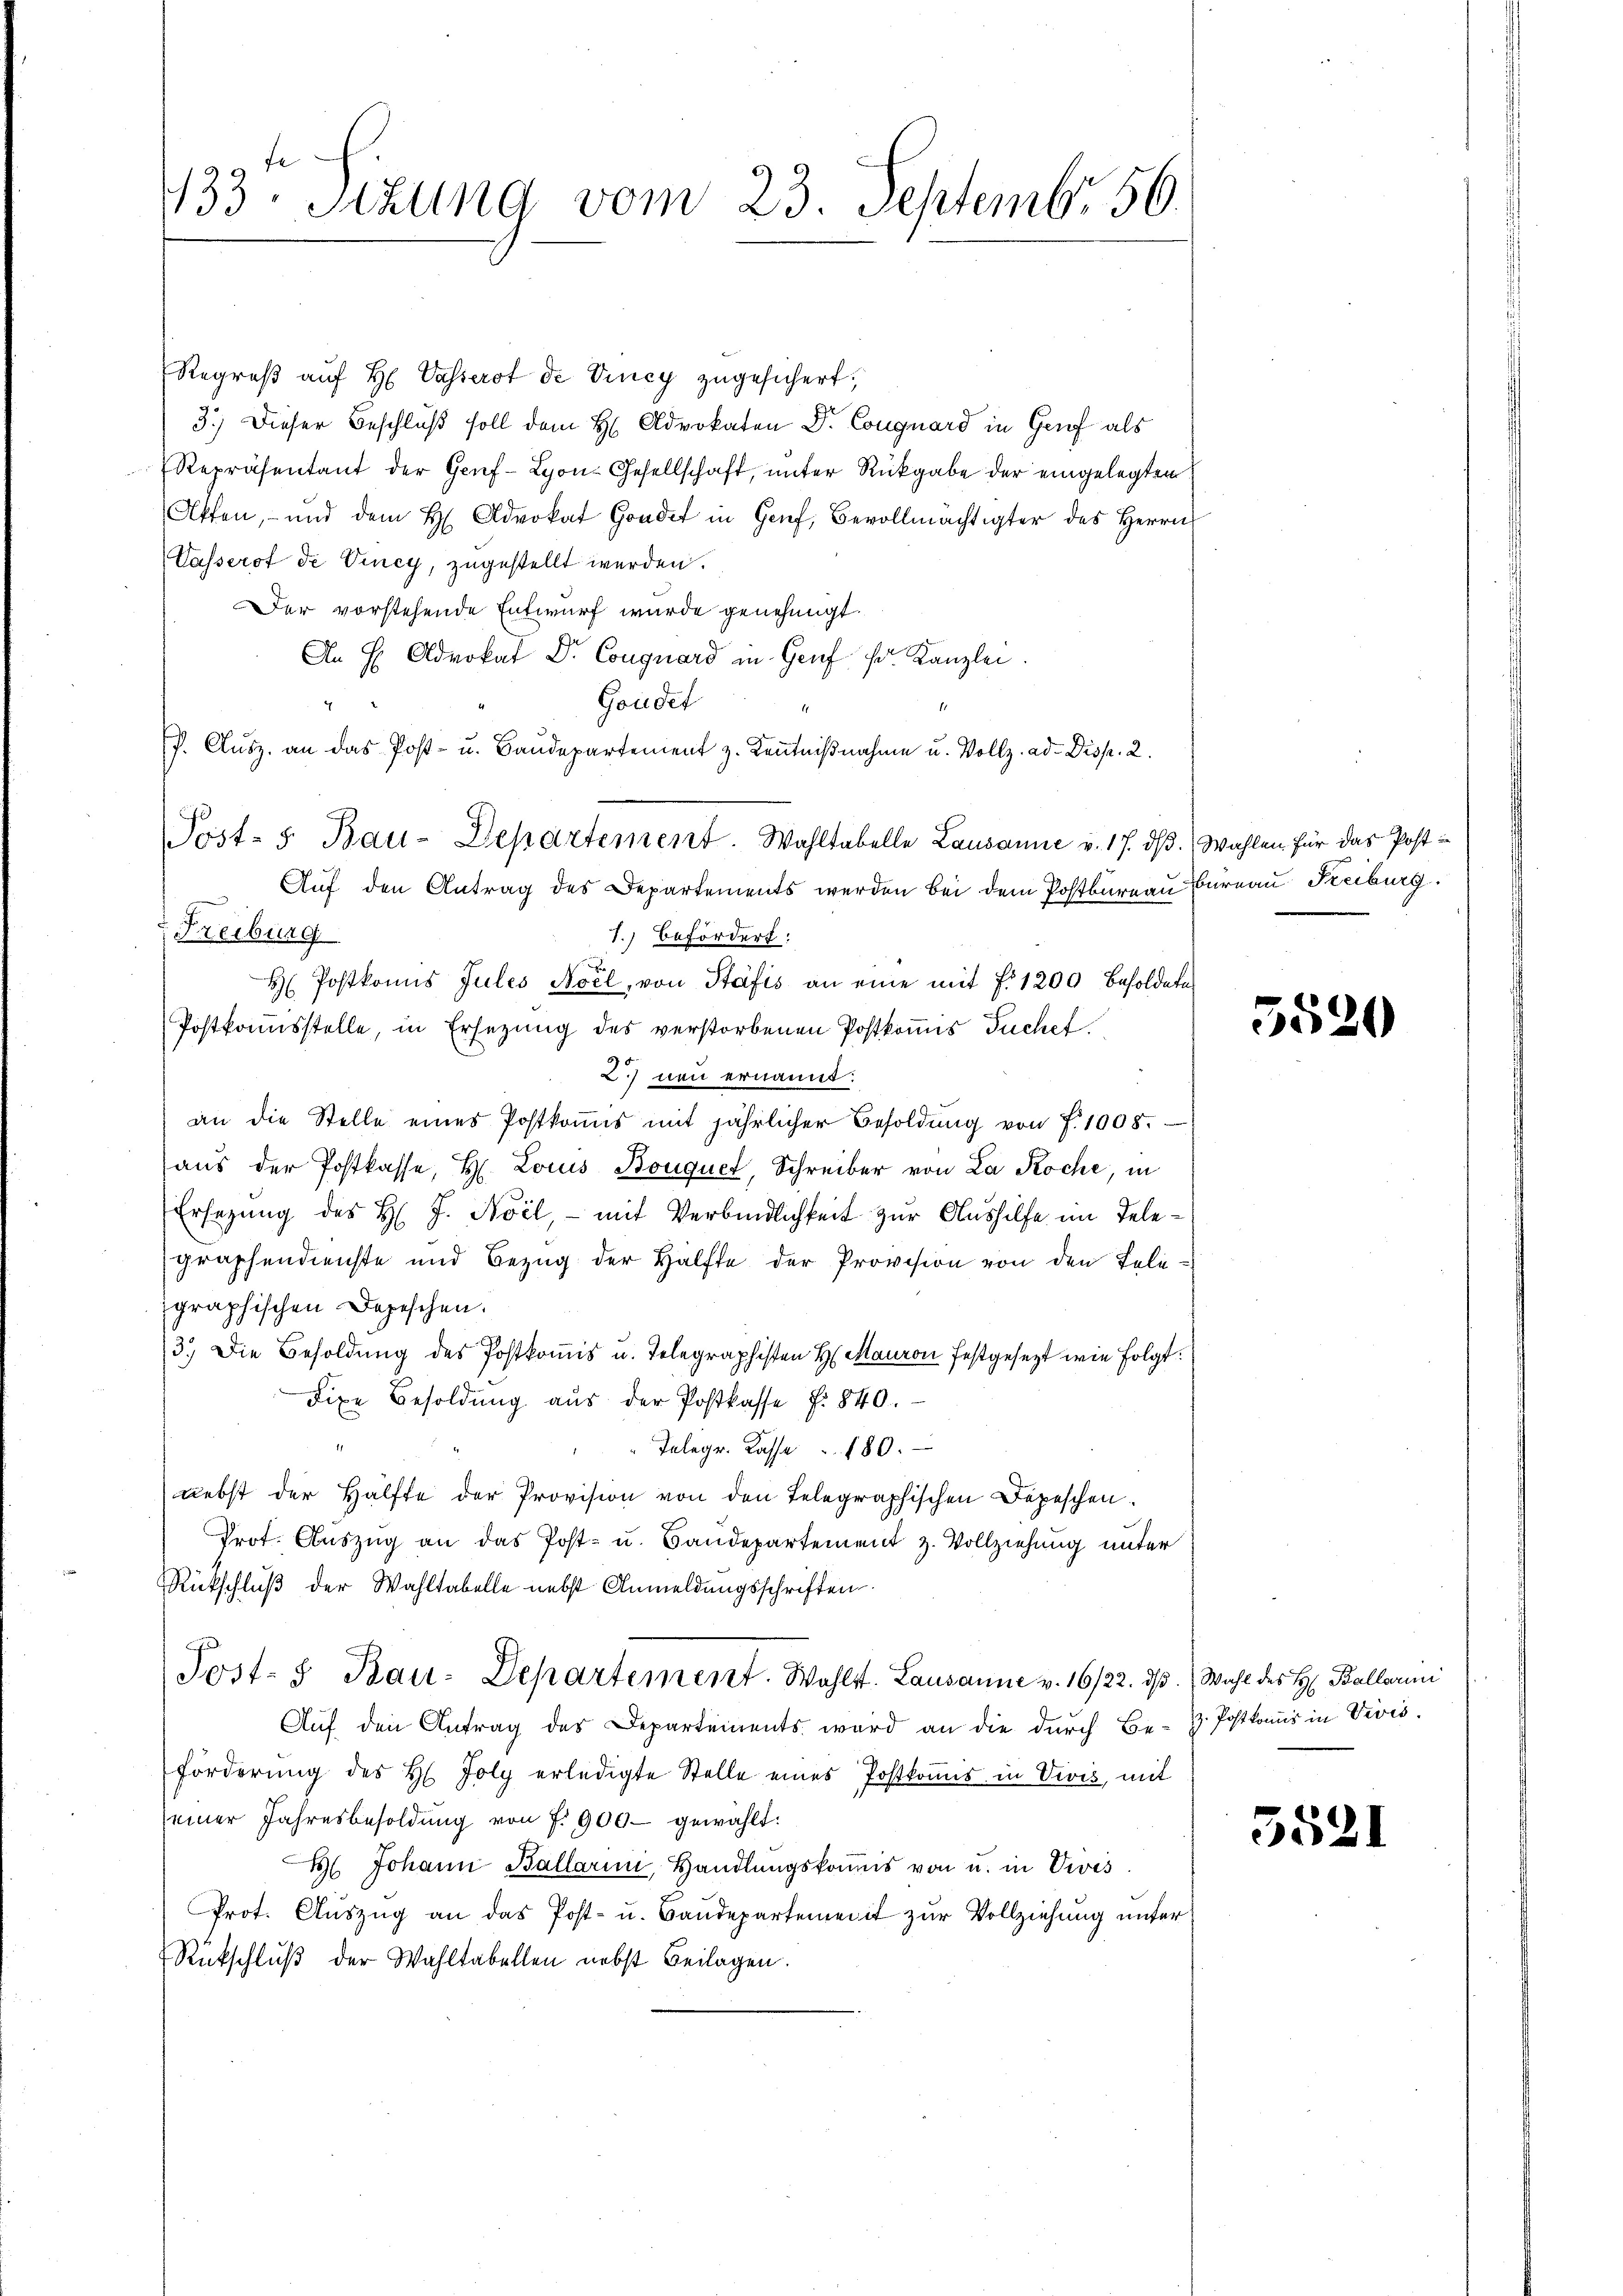
133te Sizung vom 23. Septembr. 56.

Regreß auf H. Vasserst de Vincy zugesichert;
3.) Dieser Beschluß soll dem H: Advokaten Dr. Conguard in Genf als
Repräsentant der Genf-Lyon-Gesellschaft, unter Rückgabe der eingelegten
Offen, - und dem H. Advokat Honder in Genf, Bevollmächtigter des Herrn
Wasserst de Viney, zugestellt werden.
Der vorstehende Entwurf wurde genehmigt.
An H. Advokat Dr. Conguard in Genf fr. Kanzlei.
Goudet
P. Clŭsz. an das Post- u. Baŭdepartement z. Kenntniβnahme u. Vollz. ad Disp. 2.
Treiburg
7.) Befördert:
H Postkomis Jules Noel, von Stäfis an eine mit fr 1200 Besoldete
Postkomisstelle, in Ersezung des verstorbenen Postkommis Tuchel
2 neu ernannt:
an die Stelle eines Postkoṁis mit jährlicher Besoldŭng von f. 1008.
aus der Postkasse, H. Louis Bouquet, Schreiber von La Roche, in
Ersezung des H. J. Noil, – mit Verbindlichkeit zur Aushilfe im Telegraphendienste und Bezug der Hälfte der Provision von den Telegraphischen Depeschen.
3.) Die Besoldung des Postkommis u. Telegraphisten H. Mauron festgesezt wie folgt:
dixe Besoldung aus der Postkasse N: 840.
Telegr. Kasse 180.
nebst der Hälfte der Provision von den Telegraphischen Depeschen.
Prot. Aŭszŭg an das Post- u. Bandepartement z. Vollziehung unter
Rückschluß der Wahltabelle nebst Anmeldungsschriften.
Post- & Bau-Departement. Wahlt. Lausanne v. 16/22. dβ. Wahl des H. Ballarii
Auf den Antrag des Departements wird an die durch Be-Z. Postkomis in Vivis.
förderŭng des H. Joly erledigte Stelle eines Postkoṁnis in Vivis, mit
seiner Jahresbesoldung von f. 900 gewählt.
 Johann Ballarii, Handlŭngskoṁis von u. in Vis
Prot. Aŭszŭg an das Post- u. Baŭdepartement zur Vollziehung unter
Rückschluß der Wahltabellen nebst Beilagen.

Post- 5. Bau-Departement. Wahltabelle Lausanne v. 17. dβ. Wahlen für das Post-
Auf den Antrag des Departements werden bei dem Postburgau Bureau Freiburg.

5520

5521